Vital statistics of India. Vol. IV, Annual returns from 1871 to 1876. British Army of India, Native Army and jails of Bengal
Year: 1871
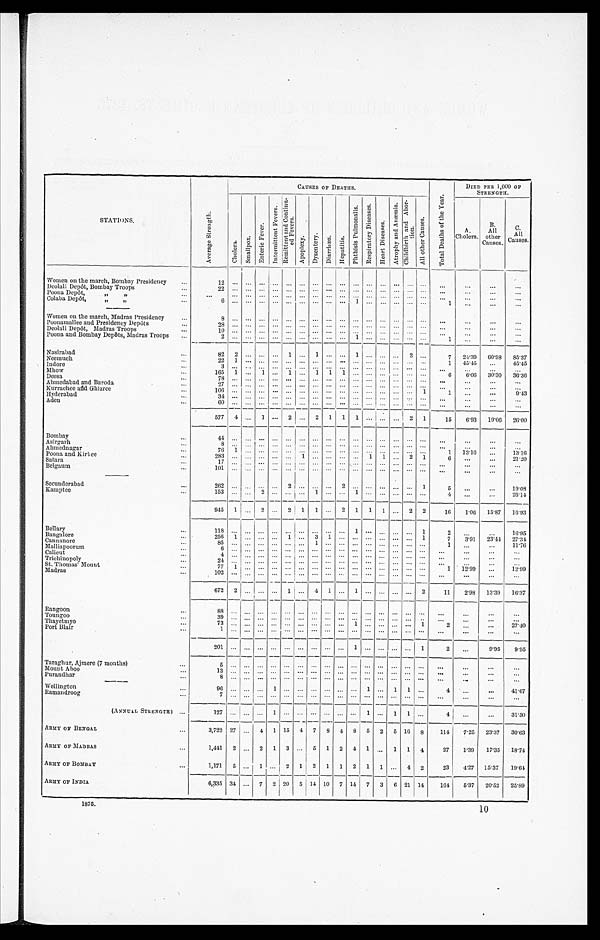
1875.
* Including Anæmia.
11
WOMEN AND CHILDREN OF EUROPEAN REGIMENTS, 1875.
X I V .
DETAIL of the CAUSES of the ADMISSIONS and DEATHS of the CHILDREN of EUROPEAN REGIMENTS.
Children of the Army of Bengal—Strength ... 7,017
Admission-rate per 1,000 ... 867.9
Death-rate per 1,000 ... 76.67
, , , , M a d r a s „
... 3,039
,,
,,
... 569.3
,,
,, ... 48.70
, , , , B o m b a y „
. . .
2,303
,,
,,
... 869.3
,,
,, ... 7
6 . 4 2
, , , , I n d i a , , . . .
1 2 , 3 5 9 , , , , . . .7
9 4 . 7 , , , , . . . 6 9 . 7 5
CAUSES OF ADMISSIONS AND
DEATHS.
BENGAL.
MADRAS.
BOMBAY.
ARMY OF INDIA.
Admitted.
Died.
Admitted.
Died.
Admitted.
Died.
Admitted.
Died.
RATIO PER 1,000 OF
STRENGTH.
Admitted.
Died.
Smallpox
... 2
...
...
...
...
...
2
...
2
.2
...
Chickenpox
...
37
...
34
...
9
...
80
...
...
...
Measles
...
450
33
90
4
144
12
684
49
55.3
3.96
Dengue
...
3
...
...
...
...
...
3
...
.2
...
Enteric Fever
...
1
...
1 ...
3
1
5
1
.4
.08
Ague
...
766
3
84
...
382
1
1,232
4
99.7
3.72
Remittent and Continued Fevers
...
551
33
183
5
181
4
915
42
74.0
Cholera
...
66
51
6
5
11
7
83
63
6.7
5.10
Diphtheria
...
1
1
1 ...
1
1
3
2
...
...
Hooping Cough
...
113
6
4
...
22
1
139
7
11.2
.57
Mumps
...
19
...
2
...
1
...
22
...
...
...
Influenza
...
5
1
2
...
...
...
7
1
.6
.08
Erysipelas
...
5
...
...
...
5
...
10
...
...
...
Rheumatism
...
17 ...
...
... ...
1 ...
18 ...
...
...
Secondary Syphilis
...
3
1
1
...
3
1
7
2
...
...
Lupus
...
...
...
...
...
1
...
1
...
...
...
Scrofula
...
13
2
6
3
2
...
21
5
7.5
2.75
Phthisis Pulmonalis
...
4 ...
4
...
...
...
8
...
Hæmoptysis
...
...
...
1
...
...
...
1
...
Tabes Mesenterica
...
30
15
2
2
20
12
52
29
Morbus Coxæ
...
5 ...
5
...
1
...
11
...
Purpura
...
...
...
2
2
...
...
2
2
...
...
Scurvy
...
1 ...
...
...
...
...
1
...
...
...
Anæmin and Chlorosis
...
114
3
1
...
28
...
143
3
...
...
Meningitis
...
14
8
4
4
6
6
24
18
1.9
1.46
Apoplexy and Sunstroke
...
18
12
1 ...
2
...
21
12
1.7
.97
Hydrocephalus
...
5
3
5
2
5
2
15
7
1.2
.57
Inflammation of the Spinal Cord
...
1
1
...
...
...
...
1
1
...
...
Paralysis
...
1
1
...
...
2
...
3
1 ...
...
Tetanus
...
2
2
...
...
1
1
3
3
...
...
Convulsions
...
100
73
38
28
38
32
176
133
14.2
10.76
Hydrophobia
...
...
...
1
1
...
...
1
1
...
...
Epilepsy
...
6
...
...
...
3
1
9
1
...
...
Hysteria
...
3
...
...
...
...
...
3
...
...
...
Conjunctivitis and Ophthalmia
...
1,095 ...
294
...
295 ...
1,684
...
136. 4
...
Other Diseases of the Eye
...
1
...
1
...
...
...
2
...
Diseases of the Ear
...
3
...
...
...
4
1
7
1
...
...
Valve Disease of the Heart
...
2 ...
...
...
...
...
2 ...
.6
.16
Other Diseases of the Heart
...
4
1
1
1
...
...
5
2
Varicose Veins
...
1
...
...
...
...
...
1
...
...
...
Inflammation of the Inguinal Glands
2
...
1 ...
1
. ..
4
...
...
...
,, ,,other Glands ...
...
...
2
...
3
...
5 ...
...
...
Goitre
...
1 ...
...
...
...
...
1
...
...
...
Croup
...
53
10
5
3
6
4
64
17 44.6
4.85
Laryngitis
...
2
2
...
...
1
...
3
2
Bronchitis
...
285
24
100
7
75
3
460
34
Pneumonia
...
17
4
3
1
...
...
20
5
Atelectasis
...
...
...
1
1
...
...
1
1
Pleurisy
...
1
1
...
...
2
...
3
1
Stomatitis
...
8 ...
2
...
4
...
14
...
...
...
Aphtha
...
4
1
1 ...
...
...
5
1
...
...
Cancrum Oris
...
1
1
1
1
...
...
2
2
...
...
Dentition
...
247
45
129
23
117
18
493
86
39.9
6 . 9 6
Gumboil
...
1 ...
2
...
1
...
4 ...
...
...
Sorethroat
...
...
...
3
...
2
...
5
...
8.9
.32
Tonsillitis
...
61 1
12
2
31
...
104
3
Sloughing Sore Throat
...
...
...
...
...
1
1
1
1
Dyspepsia, Constipation and Colic ...
30
...
14
...
12
...
56
...
...
Enteritis
...
2
2
...
...
...
...
2
2
...
...
Dysentery
...
163
20
78
8
55
9
296
37
24.0
2.99
Intussusception
...
1 1
...
...
...
...
1
1
...
...
Hernia
...
4
...
...
...
1
...
5
...
...
...
Tænia Solium
...
16 ...
9
...
12
...
37
...
...
...
Asearis Lumbricoides
...
2
...
33
...
8
...
43
...
...
...
Other Eutozoa
...
1
...
...
...
...
...
1
...
...
...
Diarrhœa
...
841
117
218
26
228
36
1,287
179
104.1
14.48
Hæmorrhoids polapsus Ani
...
6
..
4 ...
1
...
11
...
...
...
Hepatitis
...
8...
3
1
6
...
17
1
1.4
.08
Jaundice
...
12
2
1
...
3
...
16
2 ...
...
Billary Fistula
...
2
...
...
...
...
...
2
...
...
...
Diseases of the Spleen
...
27 ...
...
...
2 ...
29
...
2.3
...
Peritonitis
... ...
...
...
...
1
1
1
1
...
...
Bright's Disease
...
1
...
...
...
...
...
1
...
...
...
Calculus
...
3
...
...
..
1
...
4 ...
...
...
Incontinence of Urine
...
2
...
...
...
...
...
2
...
...
Gonorrhœa
... ...
...
1
...
...
...
1 ...
...
...
Phimosis
...
2
... ...
...
6
...
8
...
...
...
Hydrocele
... 1
...
...
...
...
...
1
...
...
...
Catarrh of the Vagina
...1
... ...
...
2
...
3
...
...
...
Inflammation of the Vagina
...1
...
...
...
...
...
1
...
...
. . .
Inflammation of the Labia
... 1
...
...
2
...
...
...
3 ...
...
...
Amenorrhœa
... 2
...
1
...
...
...
3 ...
...
. . .
Dysmenorrhœa
...
2
...
2
...
...
...
4
...
...
...
Menorrhagia
...2
...
...
...
...
...
2 ...
...
...
Periostitis
... 4
...
...
...
2
...
6
...
...
...
Necrosis
... 1
... ...
...
...
...
1 ...
...
...
Syuovitis
...
6
...
2
...
1
...
9
...
...
...
Seabies
...2
...
5
...
1
...
8
...
...
...
Other skin diseases
...
33...
10...
19
...
62 ...
...
...
Absces
...51
2
15
...
10
1
76
3
15.5
.32
Ulcer
...22
1
14
...
10
...
46
1
Boils
...
35
...
15
...
19
...
69
...
General Debility
...
550
50
229
14
142
19
921
83
86.1
6.96*
Injuries
... 103
3
35
2
43
...
181
5
14.6
.40
Congenital Malformations
... 5
1
3
2
2
1
10
4
...
...
Ratio for all causes not specially Cal-
Culated.
...
...
...
...
...
...
...
...
...
41.3
2.18
6,090
538
1,730
148
2,002
176
9,822
862
794.7
69.75